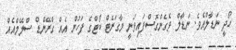
ހޯދީ ނަޑާލްއެވެ. ނަޑާލް ވެގެންގޮސްފައިވަނީ މާގަރެޓް ކޯޓްގެ ފަހުން އެއް ގްރޭންޑް ސްލޭމްއެއް